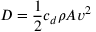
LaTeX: D = { \frac { 1 } { 2 } } c _ { d } \rho A v ^ { 2 }